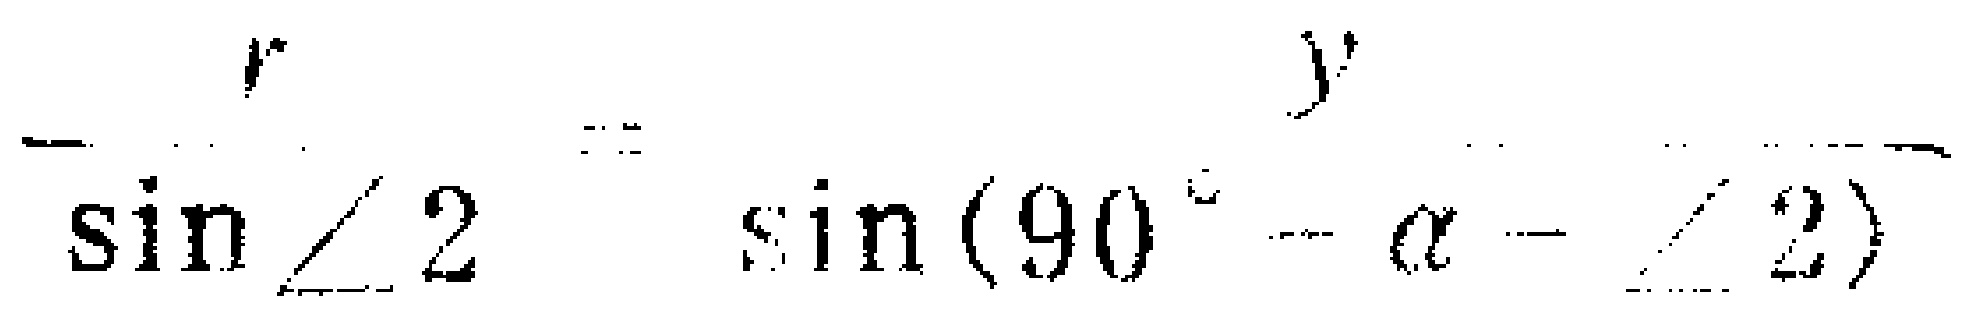
\(\frac{r}{\sin\angle 2}=\frac{y}{\sin(90^{\circ}-\alpha - \angle 2)}\)